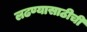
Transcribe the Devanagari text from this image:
लढण्यासाठीची